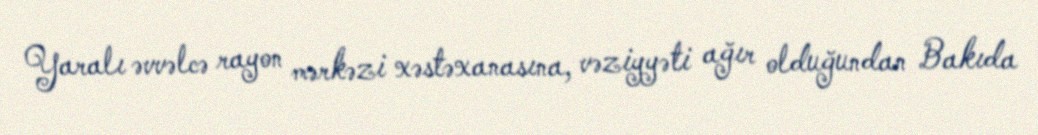
Yaralı əvvəlcə rayon mərkəzi xəstəxanasına, vəziyyəti ağır olduğundan Bakıda